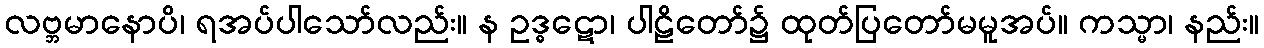
လဗ္ဘမာနောပိ၊ ရအပ်ပါသော်လည်း။ န ဥဒ္ဓဋော၊ ပါဠိတော်၌ ထုတ်ပြတော်မမူအပ်။ ကသ္မာ၊ နည်း။